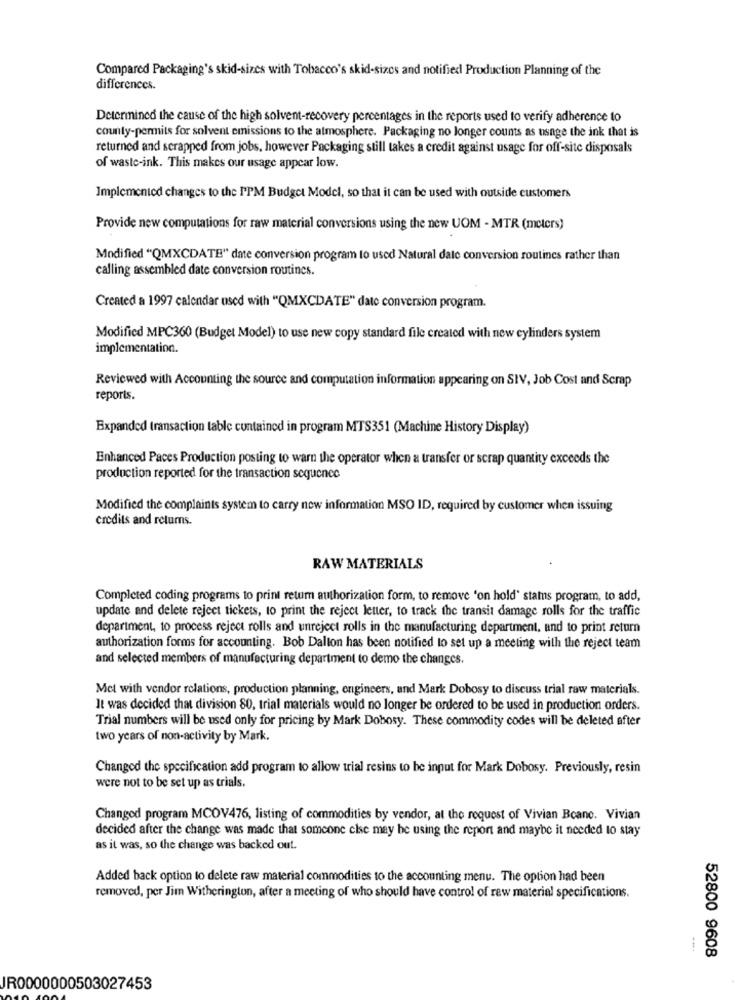
Compared Packaging's skid-sizes with Tobacco's skid-sizes and notified Production Planning of the
differences.
Determined the cause of the high solvent-recovery percentages in the reports used to verify adherence to
county-permits for solvent emissions to the atmosphere. Packaging no longer counts as usage the ink that is
returned and scrapped from jobs, however Packaging still takes a credit against usage for off-site disposals
of waste-ink. This makes our usage appear low.
Implemented changes to the PPM Budget Model, so that it can be used with outside customers
Provide new computations for raw material conversions using the new UOM - MTR (meters)
Modified "QMXCDATE" date conversion program to used Natural dale conversion routines rather than
calling assembled date conversion routines.
Created a 1997 calendar used with "QMXCDATE" date conversion program.
Modified MPC360 (Budget Model) to use new copy standard file created with new cylinders system
implementation.
Reviewed with Accounting the source and computation information appearing on SIV, Job Cost and Scrap
reports.
Expanded transaction table contained in program MTS351 (Machine History Display)
Enhanced Paces Production posting to warn the operator when a transfer or scrap quantity exceeds the
production reported for the transaction sequence
Modified the complaints system to carry new information MSO ID, required by customer when issuing
credits and returns.
RAW MATERIALS
Completed coding programs to print retum authorization form, to remove 'on hold' stams program, to add,
update and delete reject tickets, to print the reject letter, to track the transit damage rolls for the traffic
department, to process reject rolls and unreject rolls in the manufacturing department, and to print return
authorization forms for accounting. Bob Dalton has been notified to set up a meeting with the reject team
and selected members of manufacturing department to demo the changes.
Met with vendor relations, production planning, engineers, and Mark Dobosy to discuss trial raw materials.
It was decided that division 80, trial materials would no longer be ordered to be used in production orders.
Trial numbers will be used only for pricing by Mark Dobosy. These commodity codes will be deleted after
two years of non-activity by Mark.
Changed the specification add program to allow trial resins to be input for Mark Dobosy. Previously, resin
were not to be set up as trials.
Changed program MCOV476, listing of commodities by vendor, at the request of Vivian Bcane. Vivian
decided after the change was made that someone else may be using the report and maybe it needed to stay
as it was, so the change was backed out.
Added back option to delete raw material commodities to the accounting menu. The option had been
removed, per Jim Witherington, after a meeting of who should have control of raw material specifications.
52800 9608
JR0000000503027453